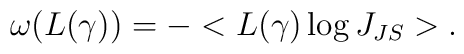
\omega (L(\gamma )) = -<L(\gamma )\log J _{JS}>.